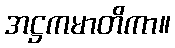
အဋ္ဌကမာတိကာ။